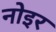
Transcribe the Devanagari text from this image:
नोइर